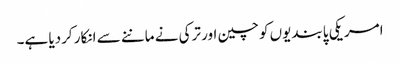
امریکی پابندیوں کو چین اور ترکی نے ماننے سے انکار کردیا ہے۔